Report of the veterinary officer investigating camel disease
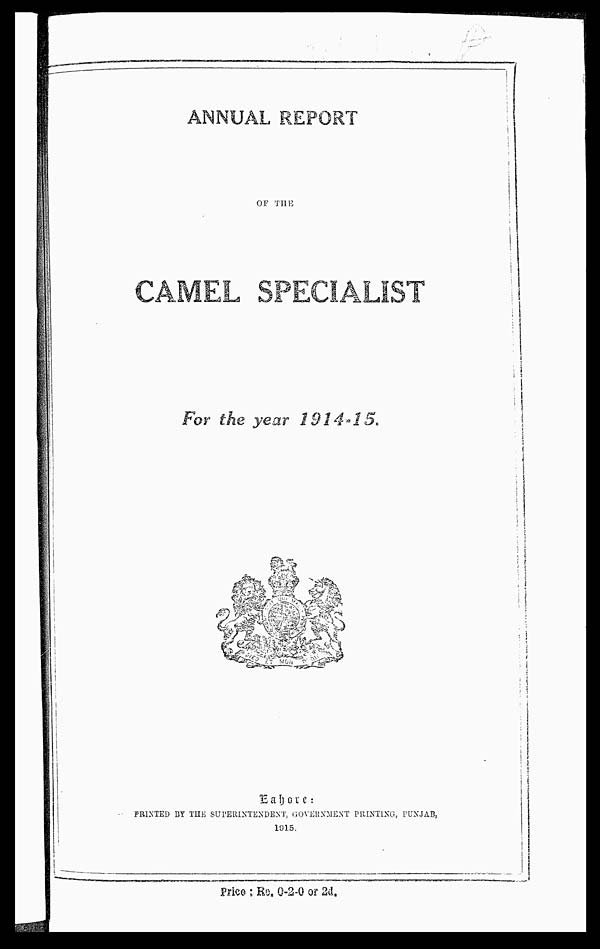
ANNUAL REPORT
OF THE
CAMEL SPECIALIST
For the year 1914-15.
Lahore:
PRINTED BY THE SUPERINTENDENT, GOVERNMENT PRINTING, PUNJAB,
1915.
Price : Re. 0-2-0 or 2d.